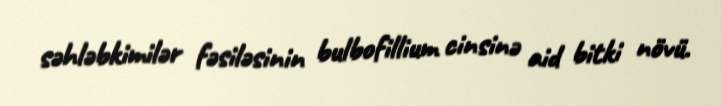
səhləbkimilər fəsiləsinin bulbofillium cinsinə aid bitki növü.